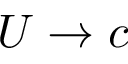
U \to c